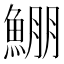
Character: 𩸀